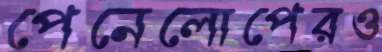
পেনেলোপেরও